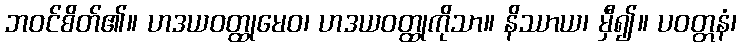
ဘဝင်စိတ်၏။ ဟဒယဝတ္ထုမေဝ၊ ဟဒယဝတ္ထုကိုသာ။ နိဿာယ၊ မှီ၍။ ပဝတ္တနံ၊